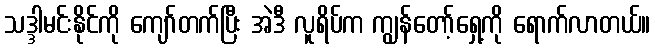
သဒ္ဒါမင်းနိုင်ကို ကျော်တက်ပြီး အဲဒီ လူရိပ်က ကျွန်တော့်ရှေ့ကို ရောက်လာတယ်။